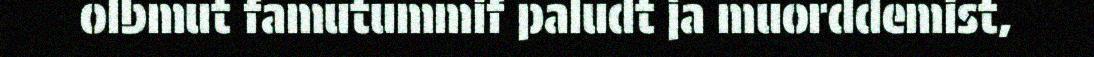
olbmut famutummif paludt ja muorddemist,